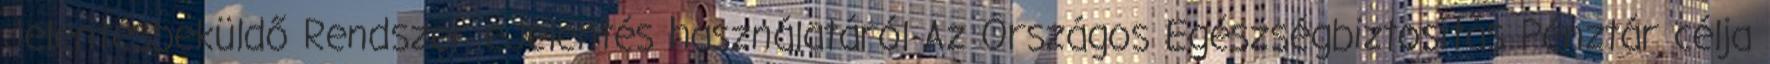
Jelentésbeküldő Rendszer eJelentés használatáról Az Országos Egészségbiztosítás Pénztár célja